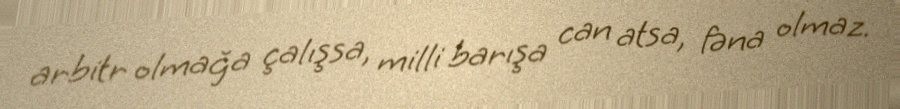
arbitr olmağa çalışsa, milli barışa can atsa, fəna olmaz.